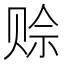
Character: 赊